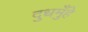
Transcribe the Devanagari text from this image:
दुधमुँहे